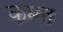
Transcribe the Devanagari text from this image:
कमत